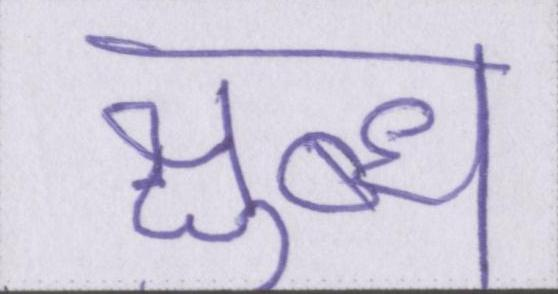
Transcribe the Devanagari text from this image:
क्षुब्ध